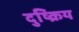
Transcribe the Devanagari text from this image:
दुष्क्रिय